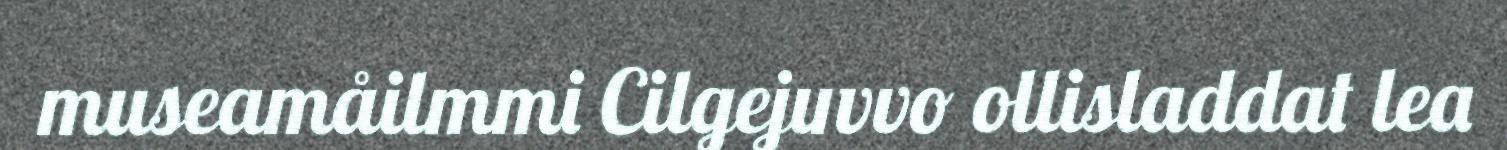
museamåilmmi Cilgejuvvo ollisladdat lea